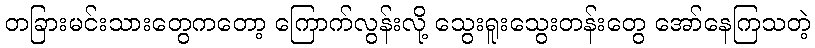
တခြားမင်းသားတွေကတော့ ကြောက်လွန်းလို့ သွေးရူးသွေးတန်းတွေ အော်နေကြသတဲ့